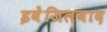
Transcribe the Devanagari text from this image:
इवेंजिलवाद